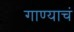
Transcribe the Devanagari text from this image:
गाण्याचं